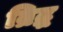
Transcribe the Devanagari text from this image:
व्रिद्ध